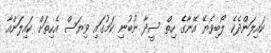
ކައިލަންދެކެ ލޯބިވެޔޭ އޭނާގެ ހިތް ސީދާ ނުބުނި ކަމުގައި ވިޔަސް އެހިތަށް ކައިލަންއާ